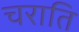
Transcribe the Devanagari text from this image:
चराति